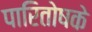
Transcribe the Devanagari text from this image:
पारितोषके